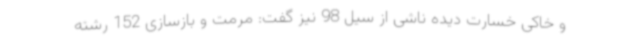
و خاکی خسارت دیده ناشی از سیل 98 نیز گفت: مرمت و بازسازی 152 رشته